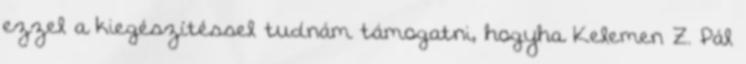
ezzel a kiegészítéssel tudnám támogatni, hogyha Kelemen Z. Pál